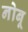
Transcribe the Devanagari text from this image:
नोबू